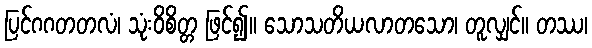
ပြင်ဂဂတတလံ၊ သုံးဝိစိတ္တ ဖြင်၍။ သောသတိယလာတသော၊ တူလျှင်။ တဿ၊